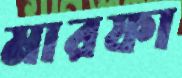
মারফা